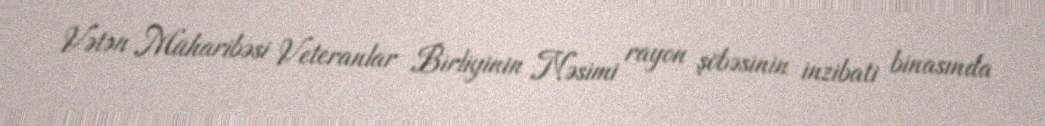
Vətən Müharibəsi Veteranlar Birliyinin Nəsimi rayon şöbəsinin inzibati binasında